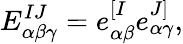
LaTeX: E_{\alpha\beta\gamma}^{IJ}=e_{\alpha\beta}^{[I}e_{\alpha\gamma}^{J]},